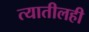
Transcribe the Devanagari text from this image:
त्यातीलही